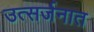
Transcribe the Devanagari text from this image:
उत्सर्जनात